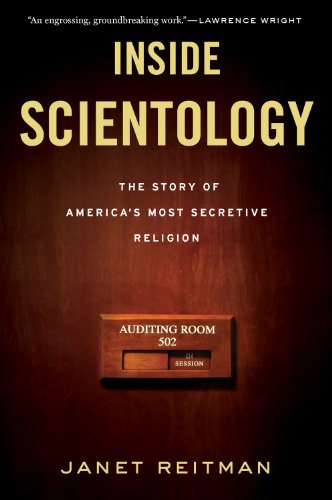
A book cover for Inside Scientology: The Story of America's Most Secretive Religion; Janet Reitman; Religion & Spirituality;